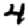
Digit: 4